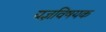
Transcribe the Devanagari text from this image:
यज्ञविषयक